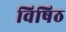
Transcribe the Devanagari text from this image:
विषिठ